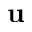
\mathbf { u }